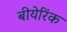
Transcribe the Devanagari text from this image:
बीयेरिंक